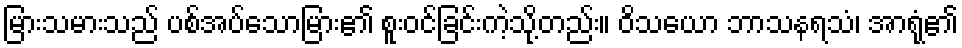
မြားသမားသည် ပစ်အပ်သောမြား၏ စူးဝင်ခြင်းကဲ့သို့တည်း။ ဝိသယော ဘာသနရသံ၊ အာရုံ၏